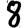
Digit: 8